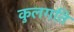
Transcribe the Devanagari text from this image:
कुलगति